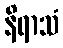
နိရာသံ